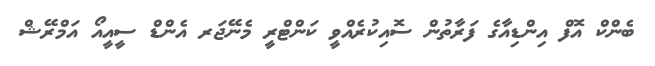
ބެންކް އޮފް އިންޑިއާގެ ފަރާތުން ސޮއިކުރެއްވީ ކަންޓްރީ މެނޭޖަރ އެންޑް ސީއީއޯ އަމްރޭޝް